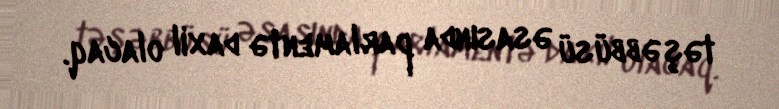
təşəbbüsü əsasında parlamentə daxil olacaq.